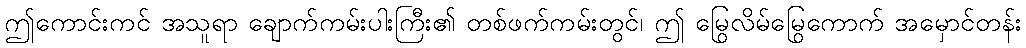
ဤကောင်းကင် အသူရာ ချောက်ကမ်းပါးကြီး၏ တစ်ဖက်ကမ်းတွင်၊ ဤ မြွေလိမ်မြွေကောက် အမှောင်တန်း